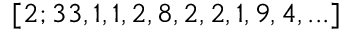
[ 2 ; 3 3 , 1 , 1 , 2 , 8 , 2 , 2 , 1 , 9 , 4 , . . . ]